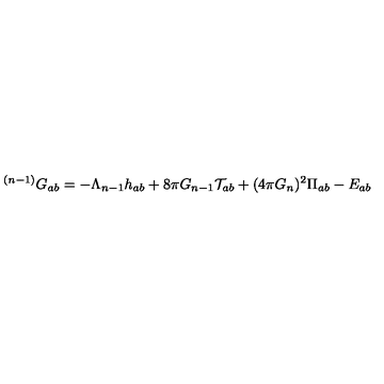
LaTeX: ^ { ( n - 1 ) } G _ { a b } = - \Lambda _ { n - 1 } h _ { a b } + 8 \pi G _ { n - 1 } \mathcal { T } _ { a b } + ( 4 \pi G _ { n } ) ^ { 2 } \Pi _ { a b } - E _ { a b }